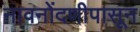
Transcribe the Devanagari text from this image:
नावनोंदणीपासून